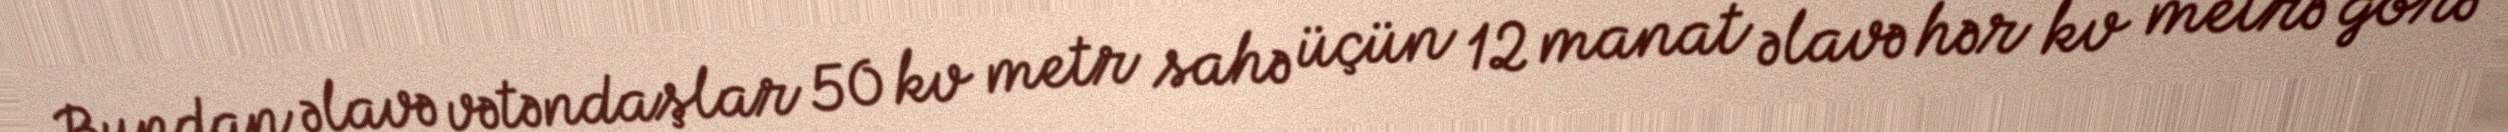
Bundan əlavə vətəndaşlar 50 kv metr sahə üçün 12 manat əlavə hər kv metrə görə